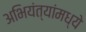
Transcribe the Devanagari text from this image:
अभियंत्यांमध्ये